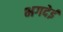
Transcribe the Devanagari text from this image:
भगदेई